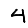
Digit: 4